Vaccine operations Central Provinces 1886-1899 - 1886-1899
Year: 1886
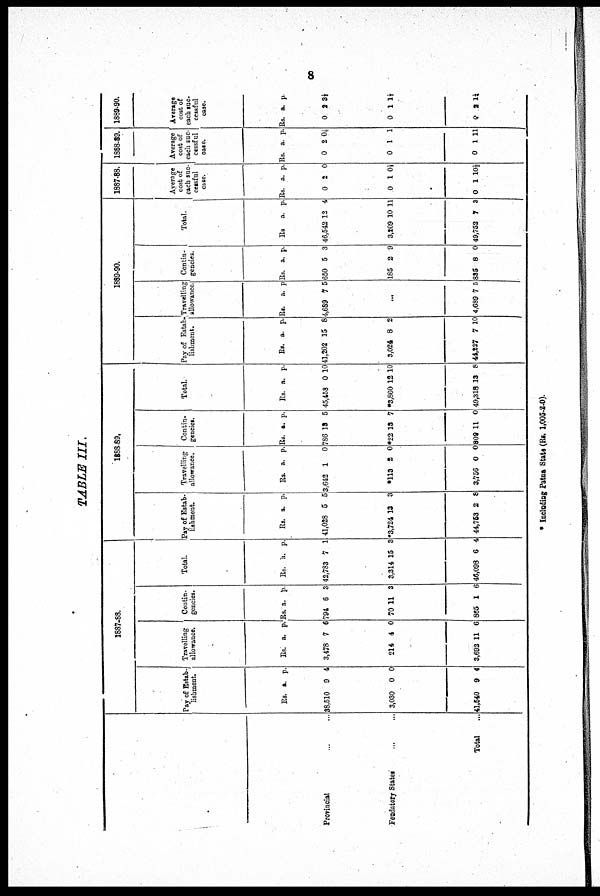
8
TABLE III.
Provincial ... ...
Feudatory States ... ...
Total ...
1887-88.
Pay of Estab-
lishment.
Rs.
38,510
3,030
41,540
a.
9
0
9
p.
4
0
4
Travelling
allowance.
Rs.
3,478
214
3,692
a.
7
4
11
p.
6
0
6
Contin-
gencies.
Rs.
794
70
865
a.
6
11
1
p.
3
3
6
Total.
Rs.
42,783
3,314
46,098
a.
7
15
6
p.
1
3
4
1888-89.
Pay of Estab-
lishment.
Rs.
41,028
*3,724
44,753
a.
5
13
2
p.
5
3
8
Travelling
allowance.
Rs.
3,642
*113
3,756
a.
1
2
0
p.
0
0
0
Contin-
gencies.
Rs.
786
*22
809
a.
13
13
11
p.
5
7
0
Total.
Rs.
45,458
*3,860
49,318
a.
0
12
13
p.
10
10
8
1889-90.
Pay of Estab-
lishment.
Rs.
41,202
3,024
44,227
a.
15
8
7
p.
8
2
10
Travelling
allowance
Rs.
4,689
a.
7
p.
5
...
4,689 7 5
Contin-
gencies.
Rs.
650
185
835
a.
5
2
8
p.
3
9
0
Total.
Rs
46,542
3,209
49,752
a.
12
10
7
p.
4
11
3
1887-88.
Average
cost of
each suc-
cessful
case.
Rs.
0
0
0
a.
2
1
1
p.
0
0½
10½
1888-89.
Average
cost of
each suc-
cessful
case.
Rs.
0
0
0
a.
2
1
1
p.
0½
1
11
1889-90.
Average
cost of
each suc-
cessful
case.
Rs.
0
0
0
a.
2
1
2
p.
3½
1½
1½
* Including Patna State (Rs. 1,005-2-0).